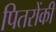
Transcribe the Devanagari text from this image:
पितरोंकी